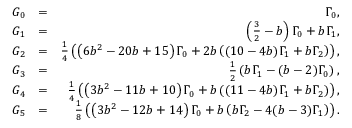
\begin{array} { r l r } { G _ { 0 } } & { = } & { \Gamma _ { 0 } , } \\ { G _ { 1 } } & { = } & { \left( \frac { 3 } { 2 } - b \right) \Gamma _ { 0 } + b \Gamma _ { 1 } , } \\ { G _ { 2 } } & { = } & { \frac { 1 } { 4 } \left( \left( 6 b ^ { 2 } - 2 0 b + 1 5 \right) \Gamma _ { 0 } + 2 b \left( ( 1 0 - 4 b ) \Gamma _ { 1 } + b \Gamma _ { 2 } \right) \right) , } \\ { G _ { 3 } } & { = } & { \frac { 1 } { 2 } \left( b \Gamma _ { 1 } - ( b - 2 ) \Gamma _ { 0 } \right) , } \\ { G _ { 4 } } & { = } & { \frac { 1 } { 4 } \left( \left( 3 b ^ { 2 } - 1 1 b + 1 0 \right) \Gamma _ { 0 } + b \left( ( 1 1 - 4 b ) \Gamma _ { 1 } + b \Gamma _ { 2 } \right) \right) , } \\ { G _ { 5 } } & { = } & { \frac { 1 } { 8 } \left( \left( 3 b ^ { 2 } - 1 2 b + 1 4 \right) \Gamma _ { 0 } + b \left( b \Gamma _ { 2 } - 4 ( b - 3 ) \Gamma _ { 1 } \right) \right) . } \end{array}